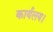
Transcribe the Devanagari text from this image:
कार्यलय।